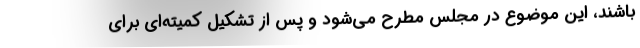
باشند، این موضوع در مجلس مطرح می‌شود و پس از تشکیل کمیته‌ای برای